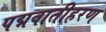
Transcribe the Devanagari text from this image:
पद्मवातीहरण